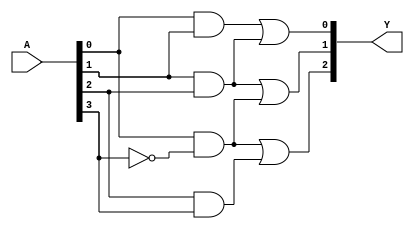
module fused_pal (
    input wire [N-1:0] A,  // Input vector, N is the number of inputs
    output wire [M-1:0] Y  // Output vector, M is the number of outputs
);
    // Parameters for inputs and outputs
    parameter N = 4;  // Example: 4 inputs A1, A2, A3, A4
    parameter M = 3;  // Example: 3 outputs Y1, Y2, Y3

    // Fixed AND gates (AND array)
    wire [K-1:0] and_out;  // Output of AND gates, K is the number of AND gates
    parameter K = 4;        // Example: 4 AND gates for this design

    // Define the fixed AND gate logic
    // Replace the logic with your application's specific AND gate connections
    assign and_out[0] = A[0] & A[1];            // AND gate 1
    assign and_out[1] = A[1] & A[2];            // AND gate 2
    assign and_out[2] = A[0] & ~A[3];           // AND gate 3
    assign and_out[3] = A[2] & A[3];            // AND gate 4

    // Programmable OR gates (OR array)
    // Each output Y can be formed by combining AND gate outputs
    assign Y[0] = and_out[0] | and_out[1];      // OR gate for Y1
    assign Y[1] = and_out[1] | and_out[2];      // OR gate for Y2
    assign Y[2] = and_out[2] | and_out[3];      // OR gate for Y3

endmodule